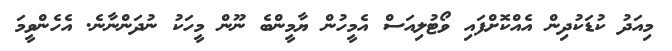
މިއަދު ކުޑަކުދިން އެއްކޮށްފައި ވޯޓުލިއަސް އެމީހުން ޔާމީންބެ ނޫން މީހަކު ނުދަންނާނެ. އެހެންވީމަ